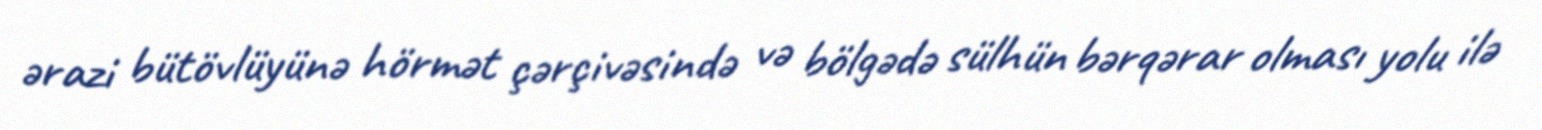
ərazi bütövlüyünə hörmət çərçivəsində və bölgədə sülhün bərqərar olması yolu ilə